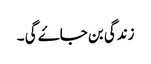
زندگی بن جاۓ گی ۔